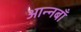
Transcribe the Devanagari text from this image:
आन्नबाँ